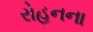
રોહનના